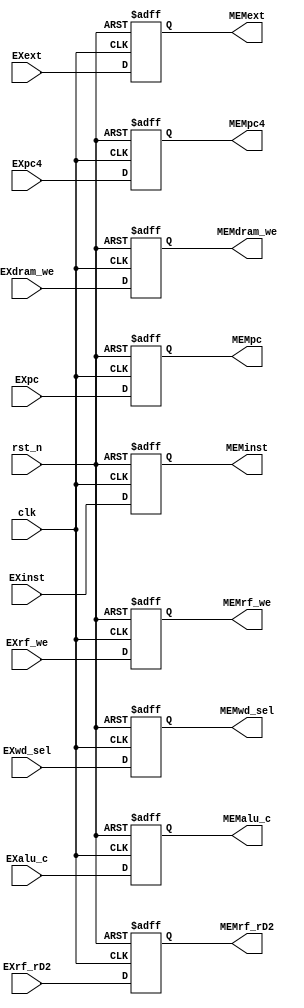
module EX_MEM_reg(
    input wire clk,
    input wire rst_n,
    
    input wire[31:0]EXpc,
    input wire[31:0]EXpc4,
    input wire[31:0]EXinst,
    
    input wire[1:0]EXwd_sel,
    input wire EXrf_we,
    input wire EXdram_we,
    
    input wire[31:0]EXext,
    input wire[31:0]EXrf_rD2,
    input wire[31:0]EXalu_c,
    
    output reg[31:0]MEMpc,
    output reg[31:0]MEMpc4,
    output reg[31:0]MEMinst,
    
    output reg[1:0]MEMwd_sel,
    output reg MEMrf_we,
    output reg MEMdram_we,
    
    output reg[31:0]MEMext, 
    output reg[31:0]MEMrf_rD2,
    output reg[31:0]MEMalu_c
    );
    
    always@(posedge clk or negedge rst_n)begin
        if(!rst_n)  MEMpc <= 32'b0;
        else        MEMpc <= EXpc;
    end
    
    always@(posedge clk or negedge rst_n)begin
        if(!rst_n)  MEMpc4 <= 32'b0;
        else        MEMpc4 <= EXpc4;
    end
    
    always@(posedge clk or negedge rst_n)begin
        if(!rst_n)  MEMinst <= 32'b0;
        else        MEMinst <= EXinst;
    end
    
    always@(posedge clk or negedge rst_n)begin
        if(!rst_n)  MEMwd_sel <= 2'd0;
        else        MEMwd_sel <= EXwd_sel;
    end
    
    always@(posedge clk or negedge rst_n)begin
        if(!rst_n)  MEMrf_we <= 1'b0;
        else        MEMrf_we <= EXrf_we;
    end
    
    always@(posedge clk or negedge rst_n)begin
        if(!rst_n)  MEMdram_we <= 1'b0;
        else        MEMdram_we <= EXdram_we;
    end
    
    always@(posedge clk or negedge rst_n)begin
        if(!rst_n)  MEMext <= 32'b0;
        else        MEMext <= EXext;
    end
    
    always@(posedge clk or negedge rst_n)begin
        if(!rst_n)  MEMrf_rD2 <= 32'b0;
        else        MEMrf_rD2 <= EXrf_rD2;
    end
    
    always@(posedge clk or negedge rst_n)begin
        if(!rst_n)  MEMalu_c <= 32'b0;
        else        MEMalu_c <= EXalu_c;
    end
    
endmodule